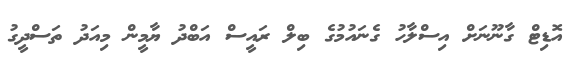
އޮޑިޓް ގާނޫނަށް އިސްލާހު ގެނައުމުގެ ބިލް ރައީސް އަބްދު ޔާމީން މިއަދު ތަސްދީގު